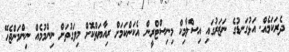
ދެރަކަމެއް. އަޅުގަނޑުގެ ނަޒަރުގައި އިސްލާމިކް މިނިސްޓްރީން އެކަންކަމަށް ރިއާޔަތްކޮށް މިވަގުތަށް ނިންމުމެއް ނިންމަންޖެހޭ